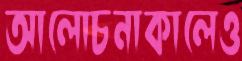
আলোচনাকালেও